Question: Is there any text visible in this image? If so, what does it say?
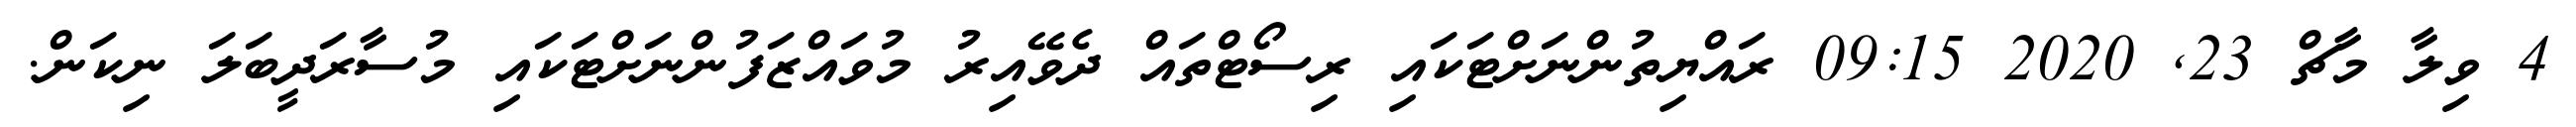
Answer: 4 ވިލާ މާޗް 23, 2020 09:15 ރައްޔިތުންނަށްޓަކައި ރިސޯޓްތައް ދެވޭއިރު މުވައްޒަފުންނަށްޓަކައި މުސާރަދީބަލަ ނިކަން.